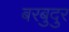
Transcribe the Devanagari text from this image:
बरबुदुर